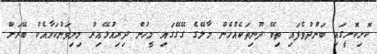
ކޮށިކޮށީގައި ބަންދުވެފައި ތިބޭ ދޫނިތަކެއްހެން މާލޭގެ ގޭގޭގައި މީހުން ދިރިއުޅޭއިރު މިނިވަންކަމާއެކު ބޭރަށް